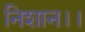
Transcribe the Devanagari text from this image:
निशान।।